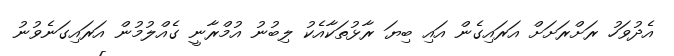
އެދުވަހު ރަށްރަށަށް އަރައިގެން އައި ބިޔަ ރާޅުތަކާއެކު ލިބުނު އުމްރާނީ ގެއްލުމުން އަރައިގަނެވުނު